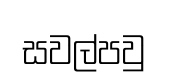
සවල්පවු